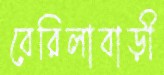
বেরিলাবাড়ী